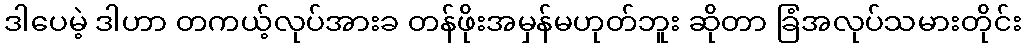
ဒါပေမဲ့ ဒါဟာ တကယ့်လုပ်အားခ တန်ဖိုးအမှန်မဟုတ်ဘူး ဆိုတာ ခြံအလုပ်သမားတိုင်း